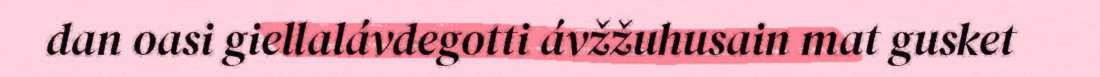
dan oasi giellalávdegotti ávžžuhusain mat gusket